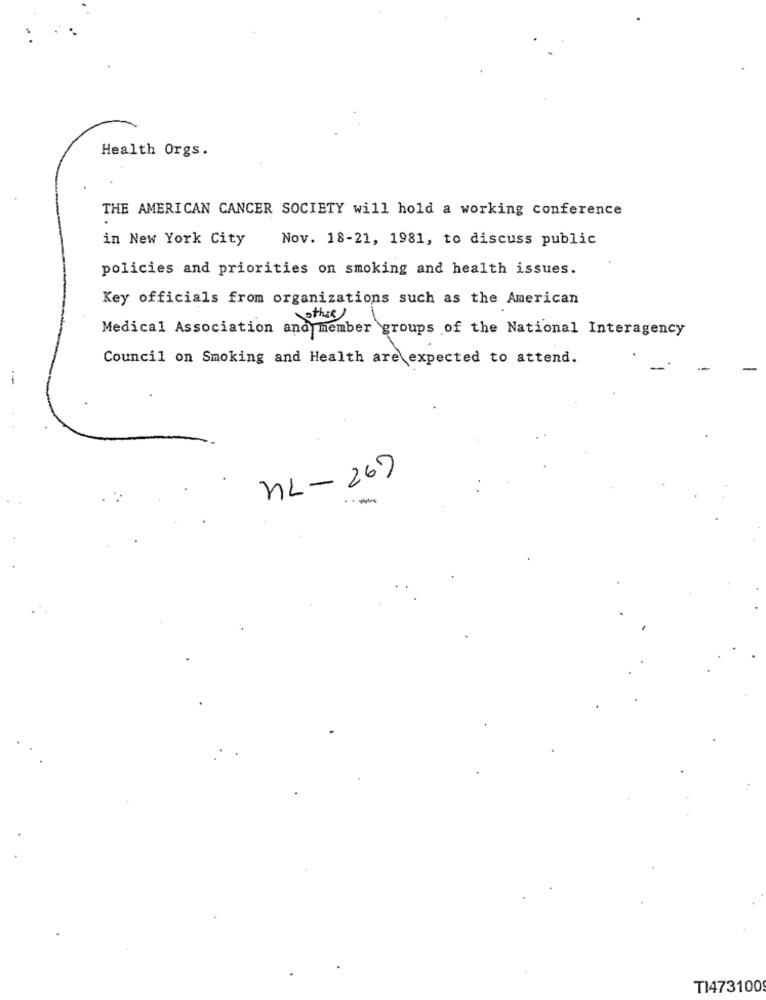
Health Orgs.
THE AMERICAN CANCER SOCIETY will hold a working conference
in New York City
Nov. 18-21, 1981, to discuss public
policies and priorities on smoking and health issues.
Key officials from organizations such as the American
other
Medical Association and member groups of the National Interagency
Council on Smoking and Health are expected to attend.
--
NL-267
TI473100